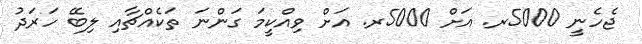
ޖެހެނީ 5000ރ. އަށް 5000ރ. އަށް ވިއްކީމަ ގަންނަ ތަކެއްޗާއި ލިބޭ ހަރަދު